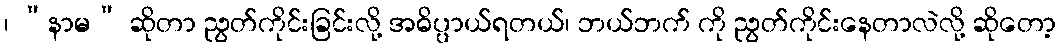
၊ “နာမ” ဆိုတာ ညွတ်ကိုင်းခြင်းလို့ အဓိပ္ပာယ်ရတယ်၊ ဘယ်ဘက် ကို ညွတ်ကိုင်းနေတာလဲလို့ ဆိုတော့